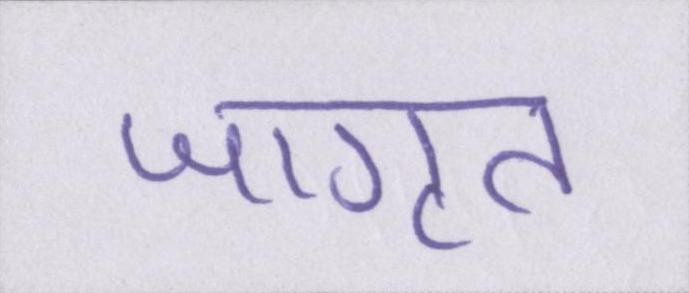
जागृत